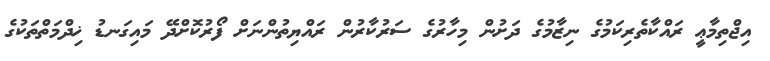
އިޖްތިމާޢީ ރައްކާތެރިކަމުގެ ނިޒާމުގެ ދަށުން މިހާރުގެ ސަރުކާރުން ރައްޔިތުންނަށް ފޯރުކޮށްދޭ މައިގަނޑު ޚިދްމަތްތަކުގެ